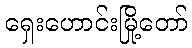
ရှေးဟောင်းမြို့တော်